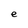
Character: e